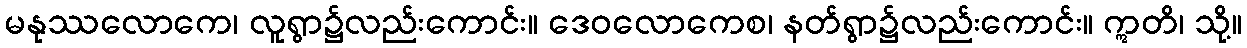
မနုဿလောကေ၊ လူရွာ၌လည်းကောင်း။ ဒေဝလောကေစ၊ နတ်ရွာ၌လည်းကောင်း။ ဣတိ၊ သို့။